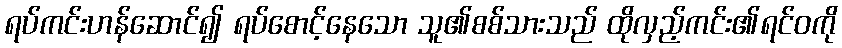
ရပ်ကင်းဟန်ဆောင်၍ ရပ်စောင့်နေသော သူ၏စစ်သားသည် ထိုလှည့်ကင်း၏ရင်ဝကို